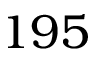
1 9 5